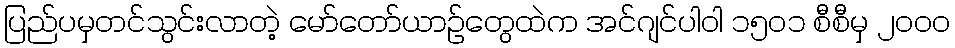
ပြည်ပမှတင်သွင်းလာတဲ့ မော်တော်ယာဉ်တွေထဲက အင်ဂျင်ပါဝါ ၁၅၀၁ စီစီမှ ၂၀၀၀